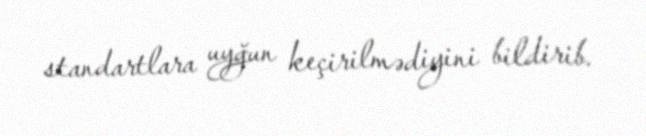
standartlara uyğun keçirilmədiyini bildirib.